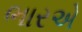
ભારએ